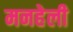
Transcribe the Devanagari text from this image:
मनहेली